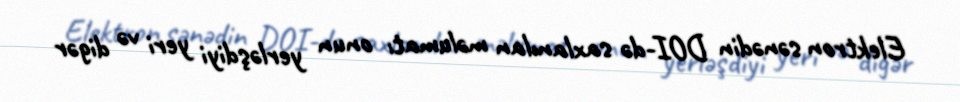
Elektron sənədin DOI-də saxlanılan məlumatı onun yerləşdiyi yeri və digər